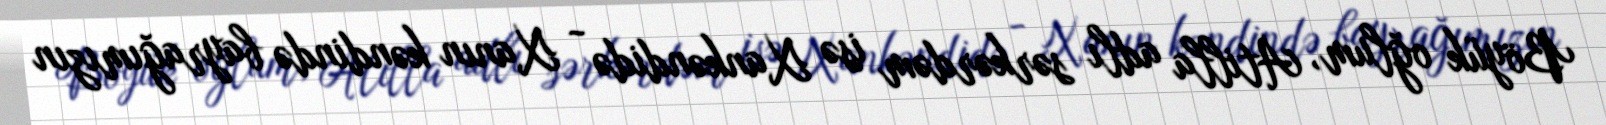
Böyük oğlum, Atilla adlı sərkərdəm isə Xankəndidə - Xanın kəndində bayrağımızın